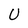
Character: U